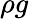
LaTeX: \rho g